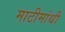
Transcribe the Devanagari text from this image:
माटीमांथी